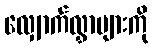
လျှောက်လွှာများကို